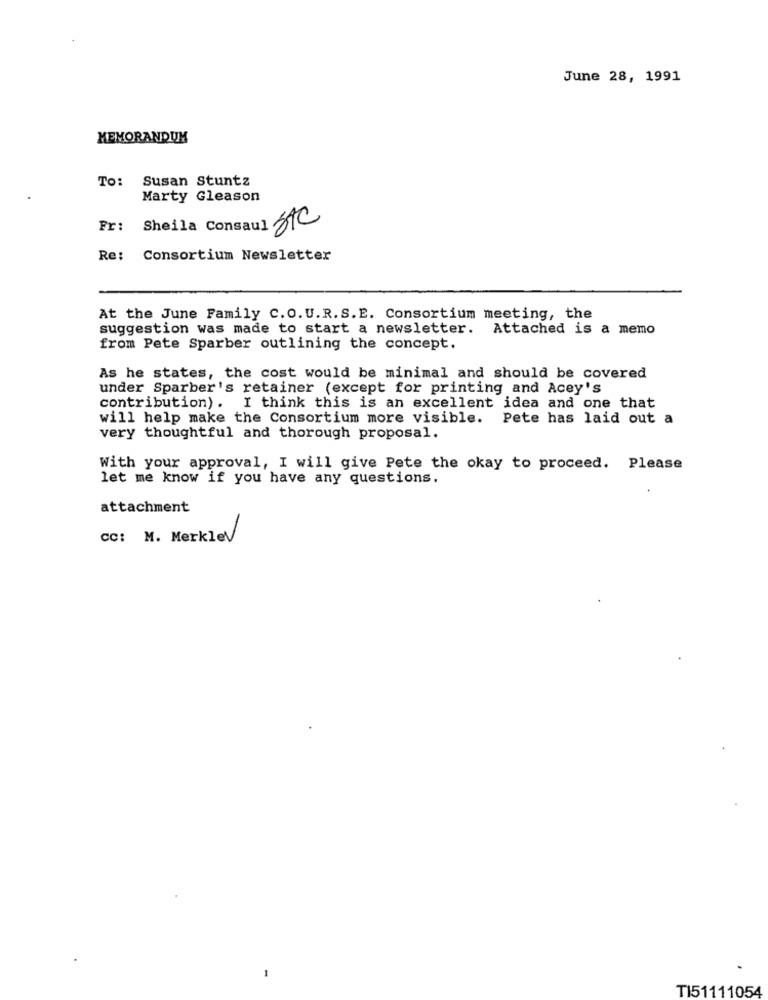
June 28, 1991
MEMORANDUM
To: Susan Stuntz
Marty Gleason
Fr:
Sheila Consaul Stc
Re:
Consortium Newsletter
At the June Family C.O. U.R. S.E. Consortium meeting, the
suggestion was made to start a newsletter. Attached is a memo
from Pete Sparber outlining the concept.
As he states, the cost would be minimal and should be covered
under Sparber's retainer (except for printing and Acey's
contribution). I think this is an excellent idea and one that
will help make the Consortium more visible. Pete has laid out a
very thoughtful and thorough proposal.
With your approval, I will give Pete the okay to proceed. Please
let me know if you have any questions.
attachment
CC: M. MerkleV
TI51111054